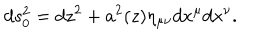
d s _ { 0 } ^ { 2 } = d z ^ { 2 } + a ^ { 2 } ( z ) \eta _ { \mu \nu } d x ^ { \mu } d x ^ { \nu } .